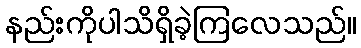
နည်းကိုပါသိရှိခဲ့ကြလေသည်။